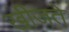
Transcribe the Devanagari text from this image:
खीजते